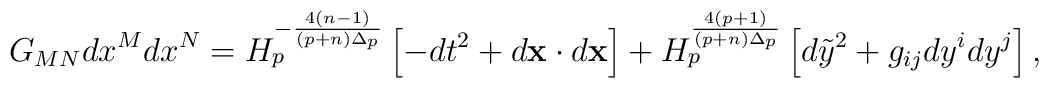
G_{MN}dx^Mdx^N=H^{-{{4(n-1)}\over{(p+n)\Delta_p}}}_p\left[-dt^2+d{\bf x}\cdot d{\bf x}\right]+H^{{4(p+1)}\over{(p+n)\Delta_p}}_p\left[d\tilde{y}^2+g_{ij}dy^idy^j\right],